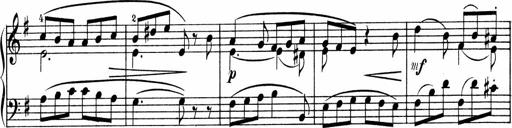
Title: 3 Sonatinen fÃ¼r Pianoforte
Composer: Fritz von Bose